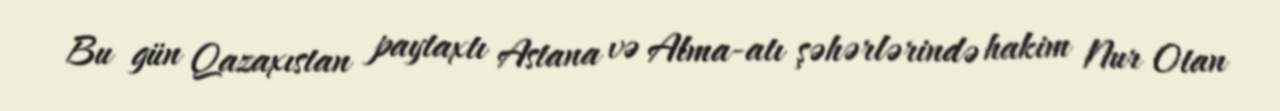
Bu gün Qazaxıstan paytaxtı Astana və Alma-atı şəhərlərində hakim Nur Otan